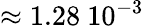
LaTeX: \approx 1.28~10^{-3}